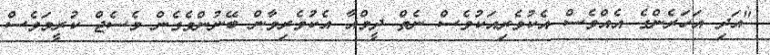
"އަދި އަހަރެންގެ އެއްވެސް އެކުވެރިއަކުވެސް ނެތް ދީމްއާ އެކުވެރިވާން ބޭނުންވެގެން މެސެޖް ކުރީމަވެސް